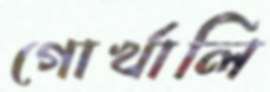
গোর্খালি